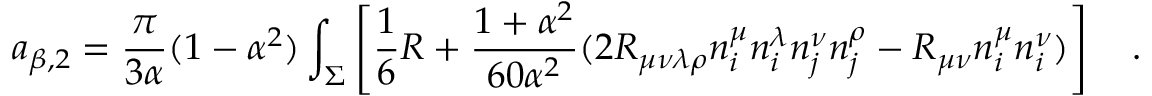
a _ { \beta , 2 } = { \frac { \pi } { 3 \alpha } } ( 1 - \alpha ^ { 2 } ) \int _ { \Sigma } \left[ \frac 1 6 R + { \frac { 1 + \alpha ^ { 2 } } { 6 0 \alpha ^ { 2 } } } ( 2 R _ { \mu \nu \lambda \rho } n _ { i } ^ { \mu } n _ { i } ^ { \lambda } n _ { j } ^ { \nu } n _ { j } ^ { \rho } - R _ { \mu \nu } n _ { i } ^ { \mu } n _ { i } ^ { \nu } ) \right] ~ ~ ~ .